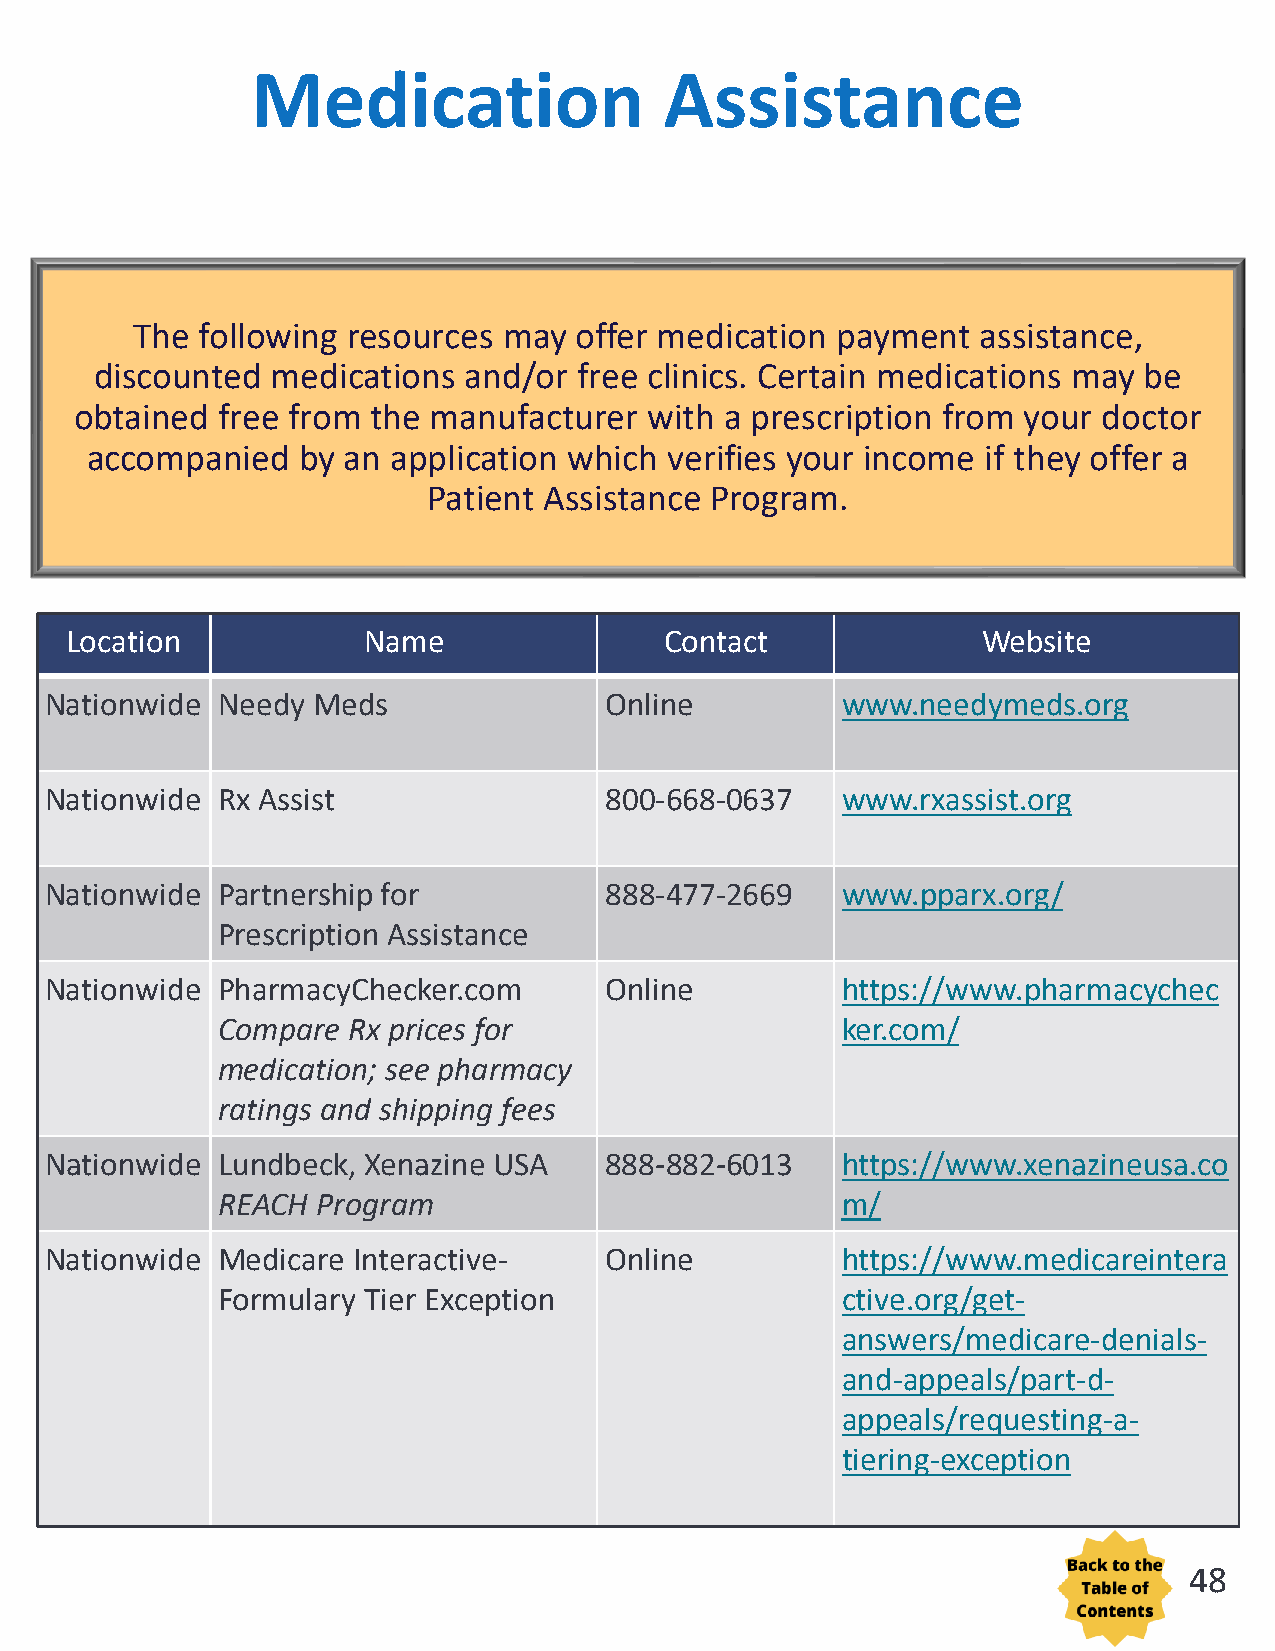
Medication                 Assistance
 The following resources may  offer medication payment   assistance,
 discounted  medications  and/or free clinics. Certain medications may be
 obtained free from  the manufacturer  with a prescription from your doctor
 accompanied   by an application which verifies your income if they offer a
 Patient Assistance Program.
 Location            Name                Contact              Website
 Nationwide Needy  Meds               Online          www.needymeds.org
 Nationwide Rx Assist                 800-668-0637    www.rxassist.org
 Nationwide Partnership for           888-477-2669    www.pparx.org/
 Prescription Assistance
 Nationwide PharmacyChecker.com       Online          https://www.pharmacychec
 Compare  Rx prices for                    ker.com/
 medication; see pharmacy
 ratings and shipping fees
 Nationwide Lundbeck, Xenazine USA    888-882-6013    https://www.xenazineusa.co
 REACH  Program                            m/
 Nationwide Medicare Interactive-     Online          https://www.medicareintera
 Formulary Tier Exception                  ctive.org/get-
 answers/medicare-denials-
 and-appeals/part-d-
 appeals/requesting-a-
 tiering-exception
 48